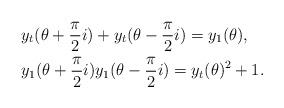
LaTeX: \begin{align*}&y_t(\theta+\frac{\pi}{2}i) + y_t(\theta-\frac{\pi}{2}i) =y_1(\theta), \\&y_1(\theta+\frac{\pi}{2}i)y_1(\theta-\frac{\pi}{2}i)=y_t(\theta)^2 +1 .\end{align*}